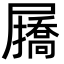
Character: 𭕷